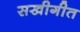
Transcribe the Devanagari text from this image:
सखीगीत